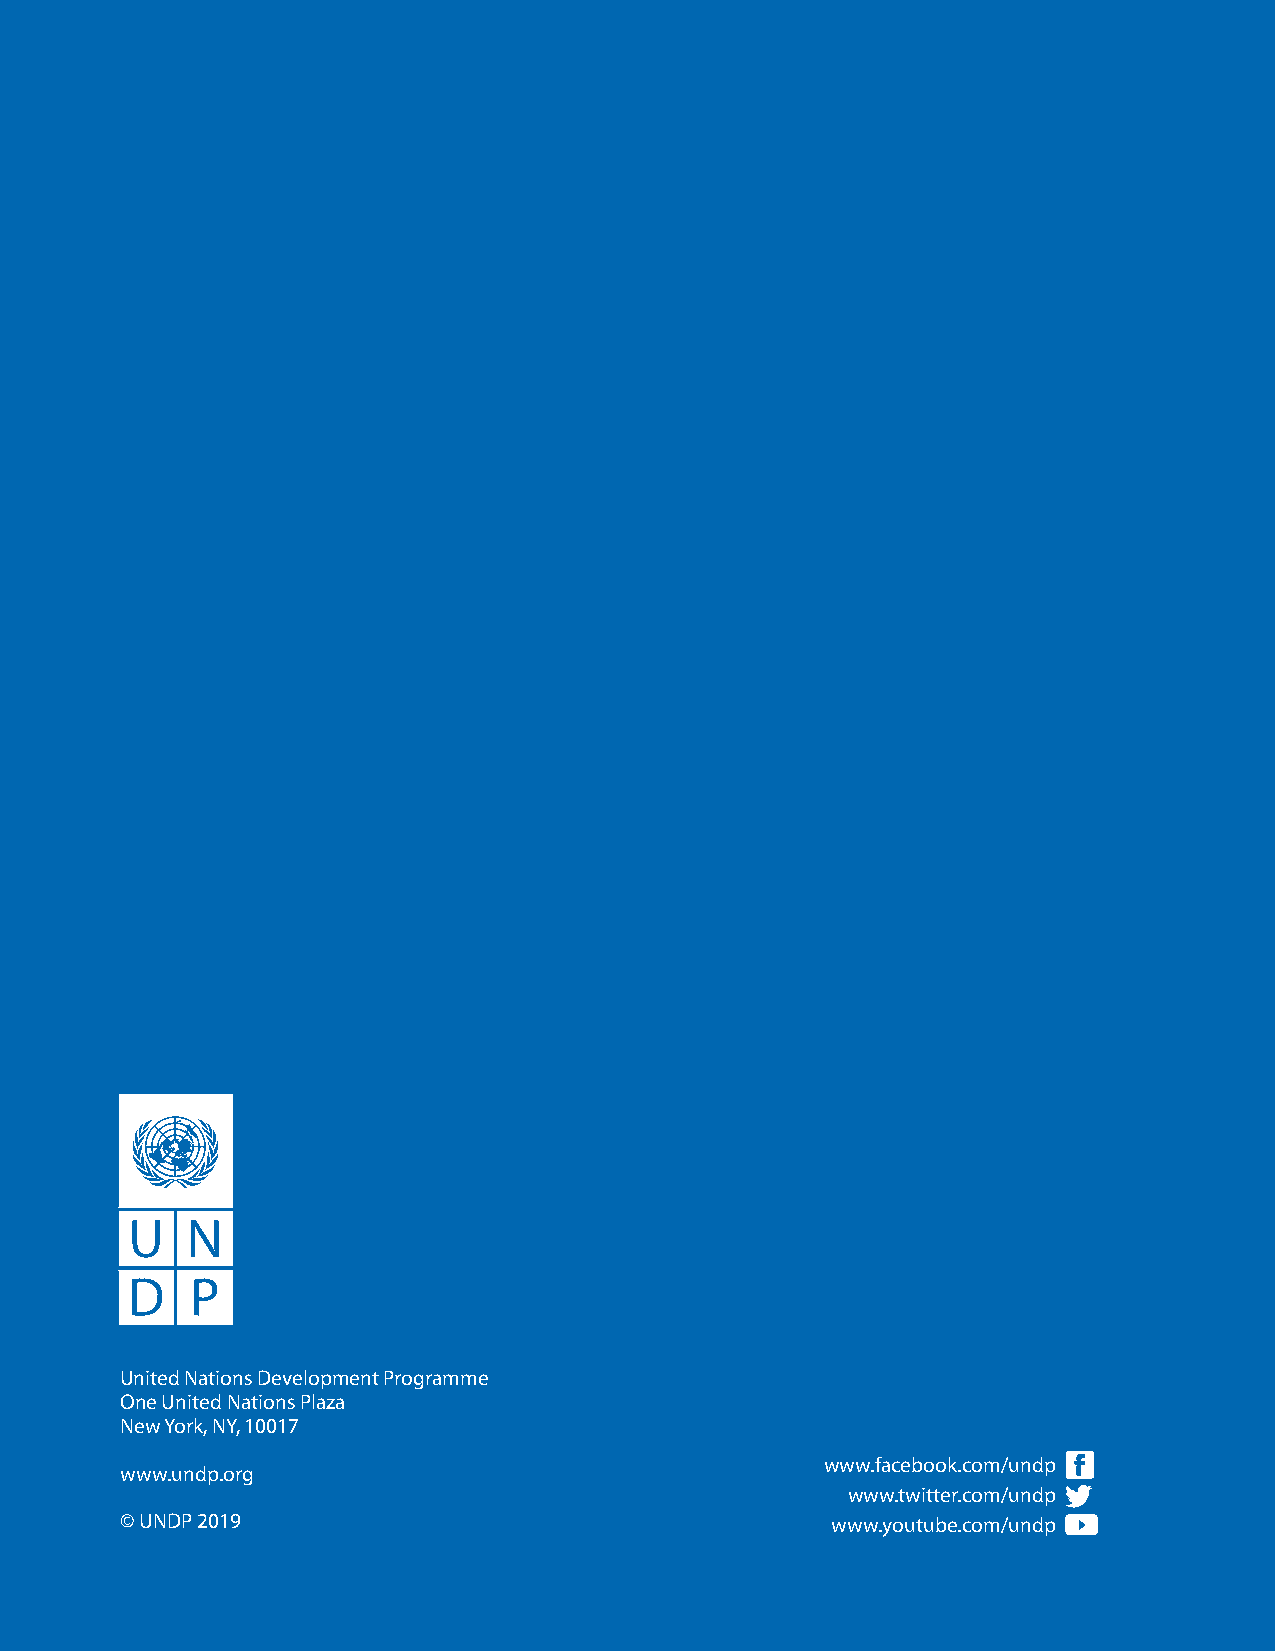
United Nations Development Programme
 one United Nations Plaza
 New york, Ny, 10017
 www.facebook.com/undp
 www.undp.org
 www.twitter.com/undp
 © UNDP 2019                                    www.youtube.com/undp